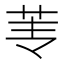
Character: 𰰫